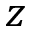
z